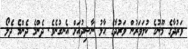
ވަރުދާގެ މޫނުގެ ކުލަވަރުން ވަރުދާގެ ޙާލު ނާޝިދުއަށް އެނގުނެވެ. ދެންމެ ދެންމެ ދެލޯ